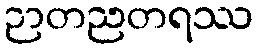
ဉာတညတရဿ